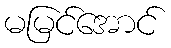
မမြင်အောင်